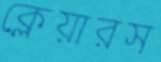
ক্লেয়ারস